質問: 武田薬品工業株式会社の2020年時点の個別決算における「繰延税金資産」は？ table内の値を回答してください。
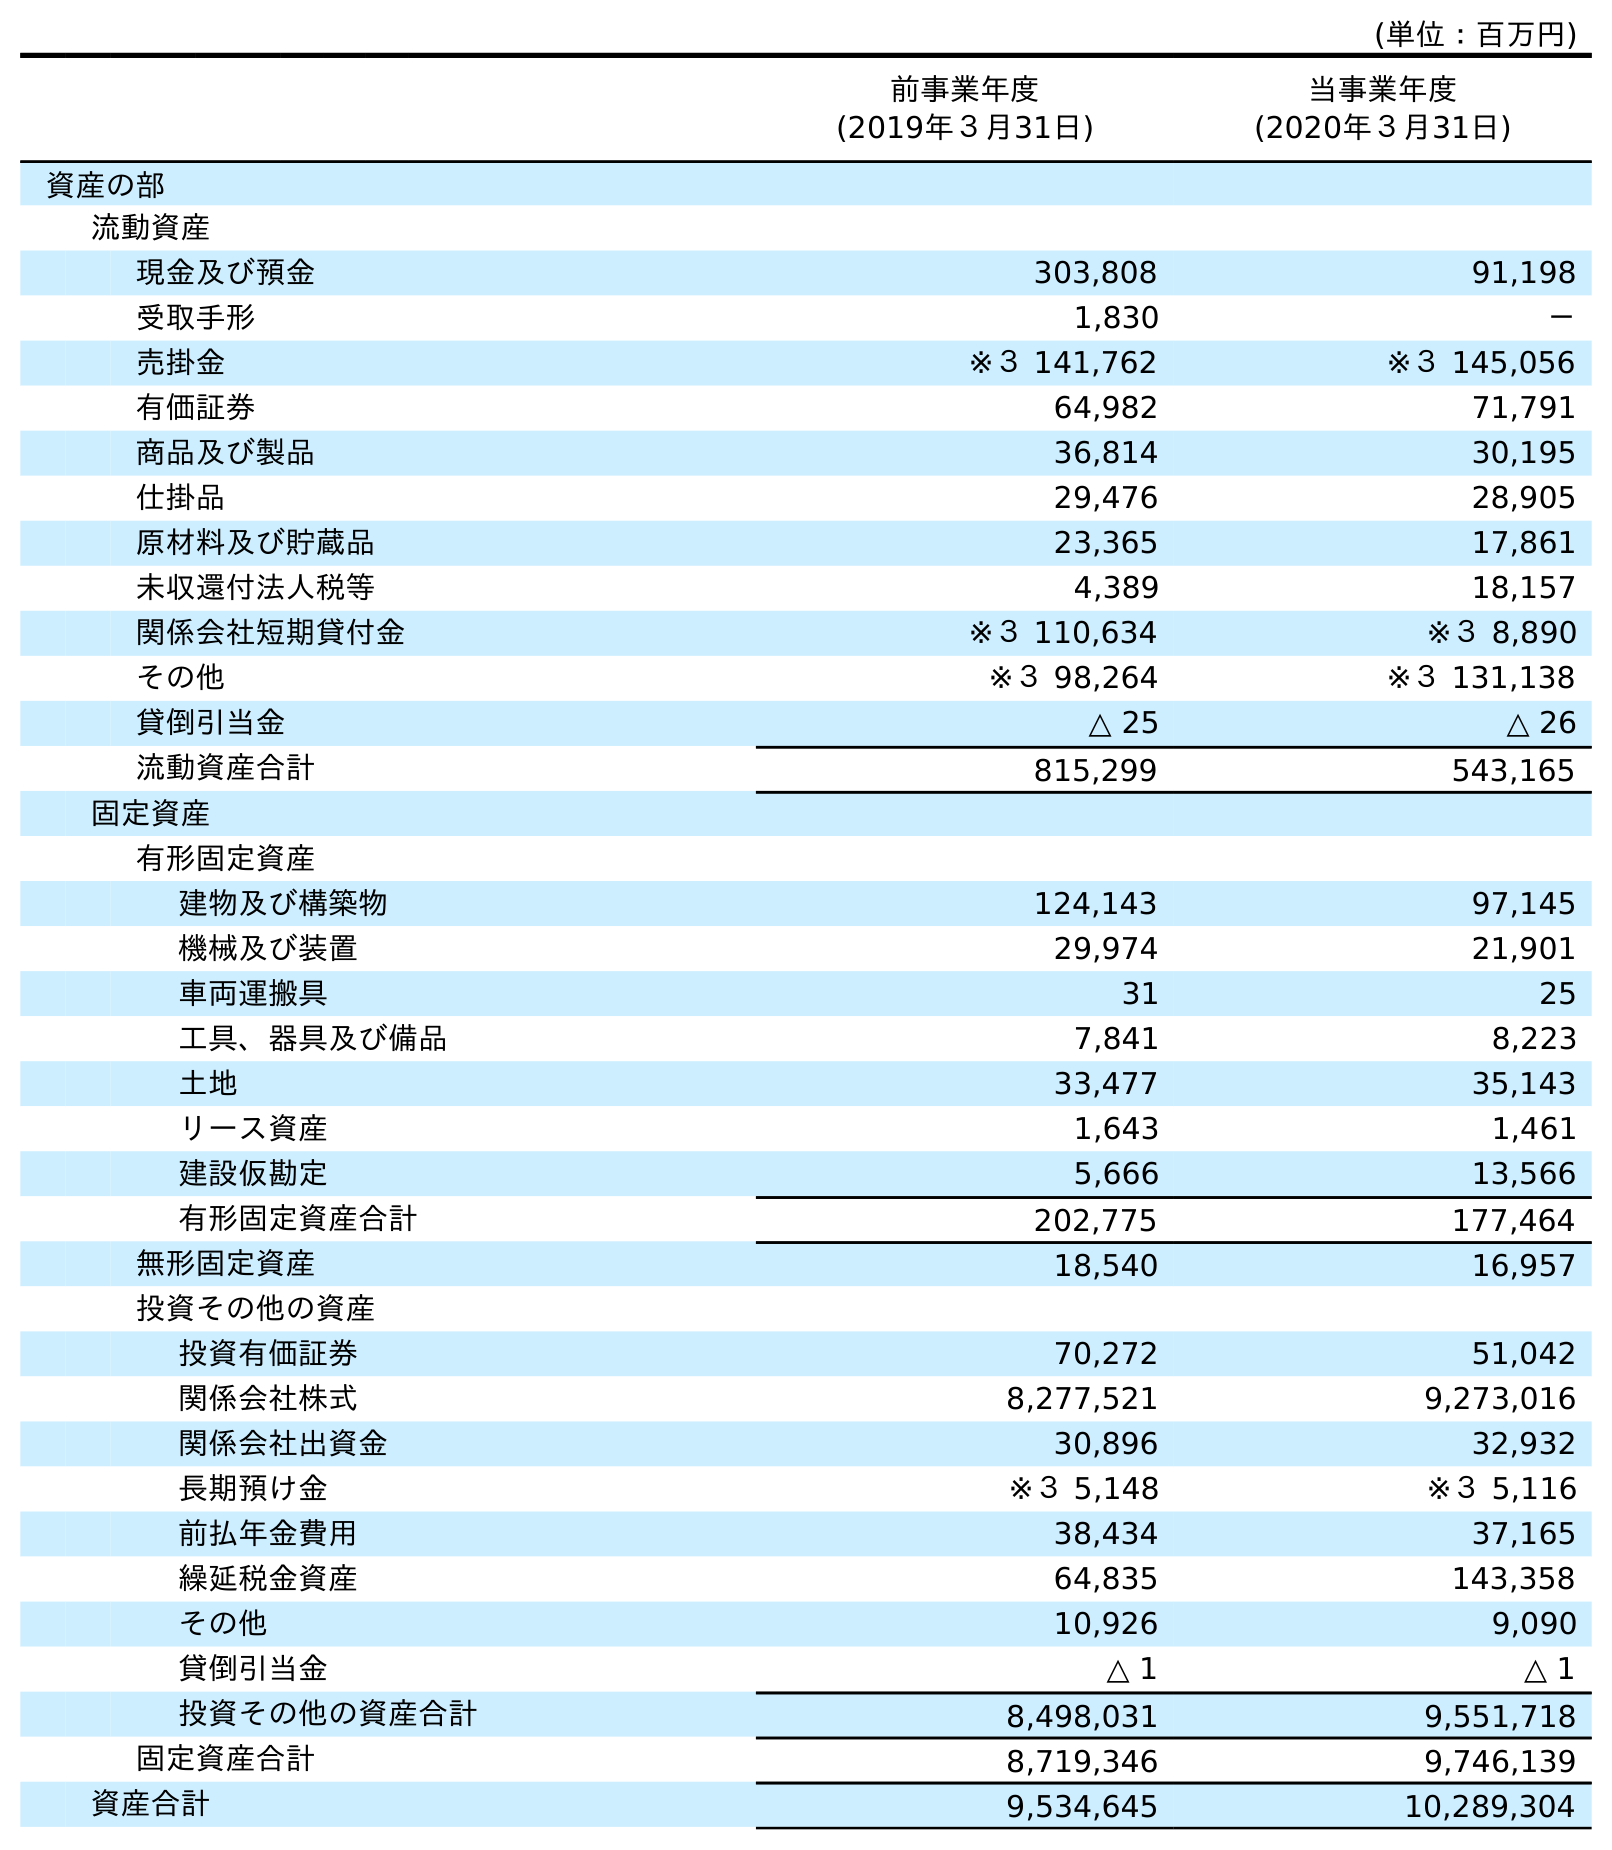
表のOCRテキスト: (単位：百万円) 前事業年度 (2019年３月31日) 当事業年度 (2020年３月31日) 資産の部 流動資産 現金及び預金 303,808 91,198 受取手形 1,830 － 売掛金 ※３ 141,762 ※３ 145,056 有価証券 64,982 71,791 商品及び製品 36,814 30,195 仕掛品 29,476 28,905 原材料及び貯蔵品 23,365 17,861 未収還付法人税等 4,389 18,157 関係会社短期貸付金 ※３ 110,634 ※３ 8,890 その他 ※３ 98,264 ※３ 131,138 貸倒引当金 △ 25 △ 26 流動資産合計 815,299 543,165 固定資産 有形固定資産 建物及び構築物 124,143 97,145 機械及び装置 29,974 21,901 車両運搬具 31 25 工具、器具及び備品 7,841 8,223 土地 33,477 35,143 リース資産 1,643 1,461 建設仮勘定 5,666 13,566 有形固定資産合計 202,775 177,464 無形固定資産 18,540 16,957 投資その他の資産 投資有価証券 70,272 51,042 関係会社株式 8,277,521 9,273,016 関係会社出資金 30,896 32,932 長期預け金 ※３ 5,148 ※３ 5,116 前払年金費用 38,434 37,165 繰延税金資産 64,835 143,358 その他 10,926 9,090 貸倒引当金 △ 1 △ 1 投資その他の資産合計 8,498,031 9,551,718 固定資産合計 8,719,346 9,746,139 資産合計 9,534,645 10,289,304
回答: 143,358